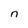
Character: n